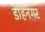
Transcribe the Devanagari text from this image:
डीहनगर